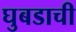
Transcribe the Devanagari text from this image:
घुबडाची